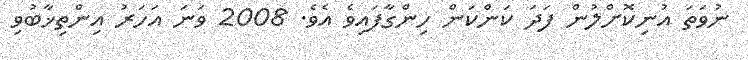
ނުވަތަ އުނިކޮށްލުން ފަދަ ކަންކަން ހިންގާފައިވެ އެވެ. 2008 ވަނަ އަހަރު އިންތިޚާބުވި